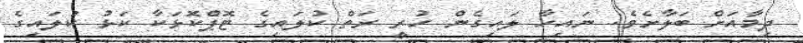
ދިމާއަށް ބަލާށެވެ. ނައިހާ ލައިގެން ހުރީ ރަތް ކުލައިގެ ޓޮޕްކޮޅަކާ ކަޅު ކުލައިގެ